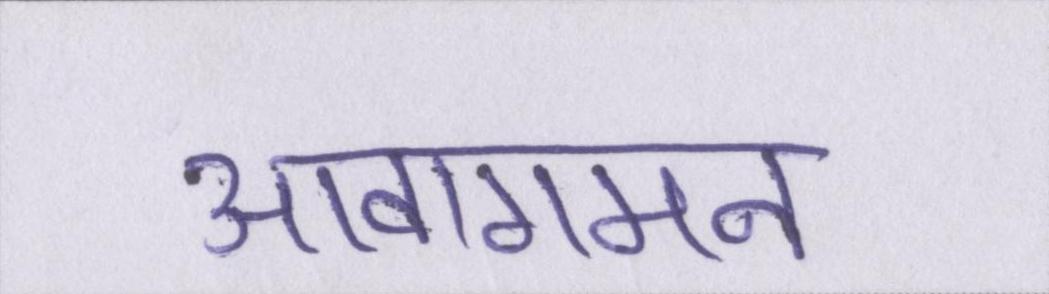
आवागमन